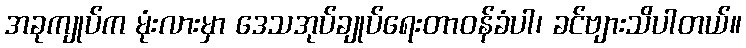
အခုကျုပ်က မုံးလားမှာ ဒေသအုပ်ချုပ်ရေးတာဝန်ခံပါ၊ ခင်ဗျားသိပါတယ်။